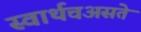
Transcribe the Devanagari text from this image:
स्वार्थचअसते